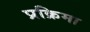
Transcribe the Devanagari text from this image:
प्रक्रिमा